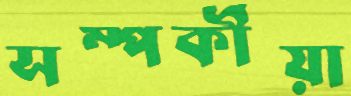
সম্পর্কীয়া